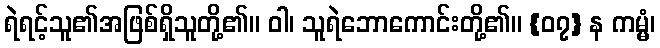
ရဲရင့်သူ၏အဖြစ်ရှိသူတို့၏။ ဝါ၊ သူရဲဘောကောင်းတို့၏။ {၀၇} န ကမ္မံ၊